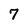
Character: 7